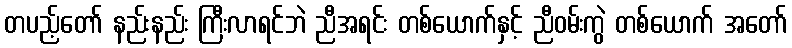
တပည့်တော် နည်းနည်း ကြီးလာရင်ဘဲ ညီအရင်း တစ်ယောက်နှင့် ညီဝမ်းကွဲ တစ်ယောက် အတော်